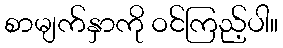
စာမျက်နှာကို ဝင်ကြည့်ပါ။